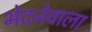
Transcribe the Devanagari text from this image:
भेदनेवाला